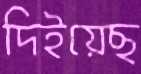
দিইয়েছ